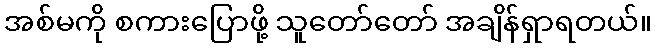
အစ်မကို စကားပြောဖို့ သူတော်တော် အချိန်ရှာရတယ်။